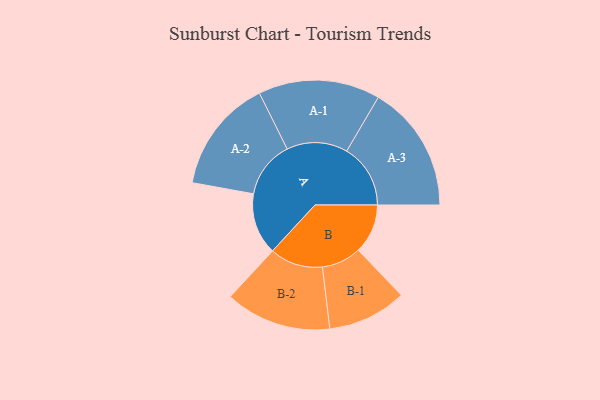
{"axis": {"x": "Segment", "y": "Value"}, "legend": ["", "A", "B"], "data": [{"x": "A", "y": 254, "type": ""}, {"x": "B", "y": 204, "type": ""}, {"x": "A-1", "y": 251, "type": "A"}, {"x": "A-2", "y": 235, "type": "A"}, {"x": "A-3", "y": 263, "type": "A"}, {"x": "B-1", "y": 163, "type": "B"}, {"x": "B-2", "y": 219, "type": "B"}]}